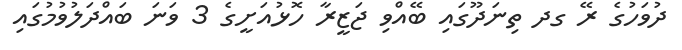
ދުވަހުގެ ރޭ ގދ ތިނަދޫގައި ބޭއްވި ޖަޒީރާ ހޮޅުއަށީގެ 3 ވަނަ ބައްދަލުވުމުގައި